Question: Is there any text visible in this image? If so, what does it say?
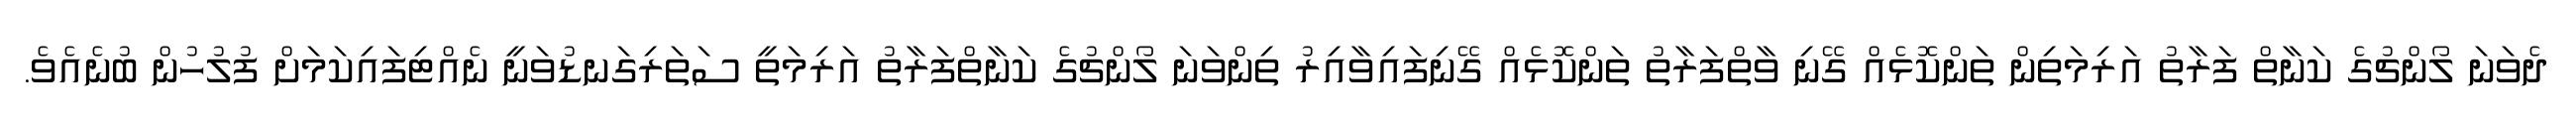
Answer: ދެވަނަ ލޯންޗުގެ ކަނާތް ފަރާތު އަރިމަތިން ތަންކޮޅެއް ގޭނި ވާތްފަރާތު ތަންކޮޅެއް ގޭނިފައިވާއިރު ތިންވަނަ ލޯންޗުގެ ކަނާތްފަރާތު އަރިމަތީ ސަތަރިގަނޑުވަނީ ނެއްޓިފައިކަމަށް ފުލުހުން ބުނެއެވެ.